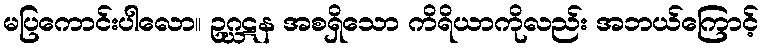
မပြကောင်းပါလော။ ဥဂ္ဃဋန အစရှိသော ကိရိယာကိုလည်း အဘယ်ကြောင့်